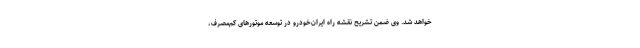
خواهد شد. وی ضمن تشریح نقشه راه ایران‌خودرو در توسعه موتورهای کم‌مصرف،